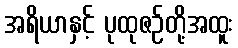
အရိယာနှင့် ပုထုဇဉ်တို့အထူး